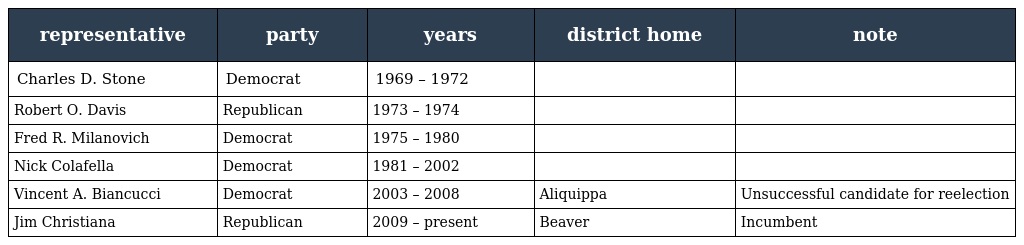
| representative | party | years | district home | note |
 | --- | --- | --- | --- | --- |
 | Charles D. Stone | Democrat | 1969 – 1972 |  |  |
 | Robert O. Davis | Republican | 1973 – 1974 |  |  |
 | Fred R. Milanovich | Democrat | 1975 – 1980 |  |  |
 | Nick Colafella | Democrat | 1981 – 2002 |  |  |
 | Vincent A. Biancucci | Democrat | 2003 – 2008 | Aliquippa | Unsuccessful candidate for reelection |
 | Jim Christiana | Republican | 2009 – present | Beaver | Incumbent |